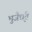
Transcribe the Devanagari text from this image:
भुजैर्धृत